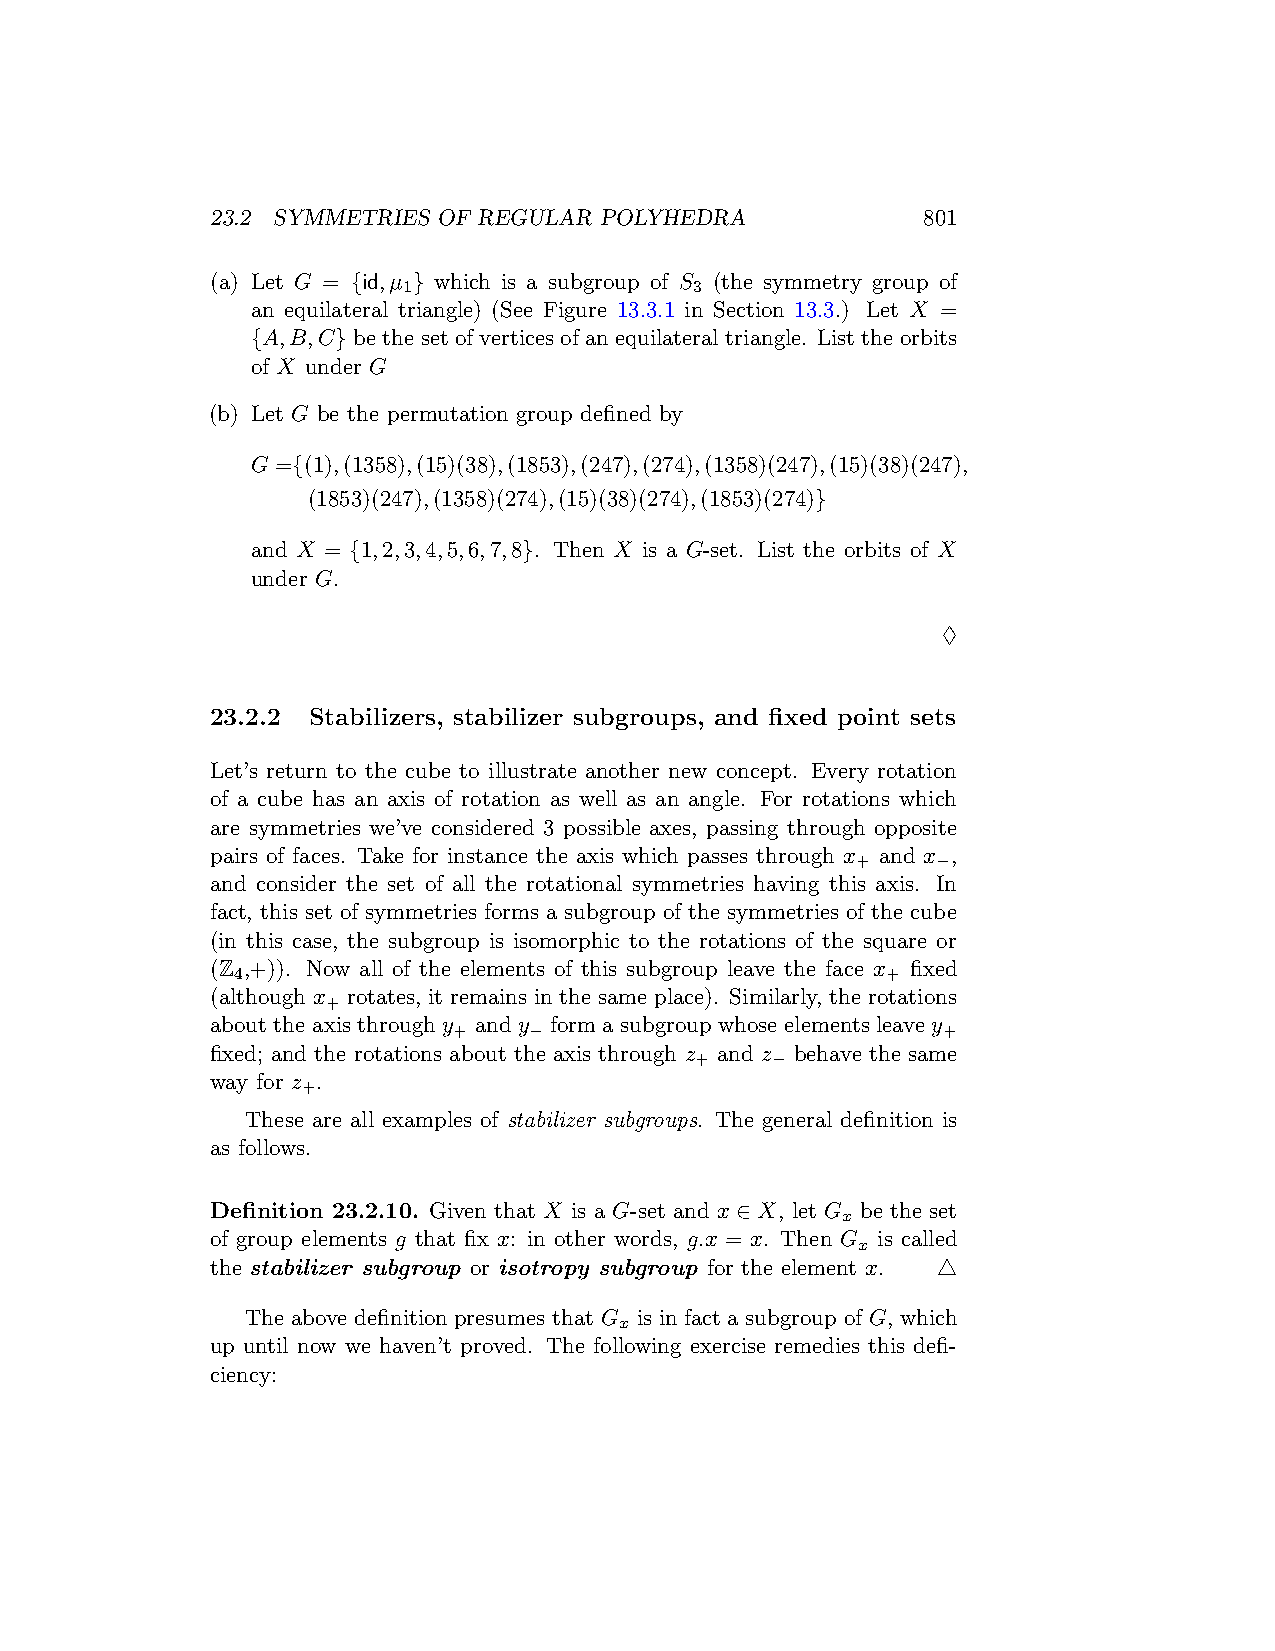
23.2 SYMMETRIES OF REGULAR POLYHEDRA           801
 (a) Let G = {id,µ } which is a subgroup of S (the symmetry group of
 1                  3
 an equilateral triangle) (See Figure 13.3.1 in Section 13.3.) Let X =
 {A,B,C} be the set of vertices of an equilateral triangle. List the orbits
 of X under G
 (b) Let G be the permutation group defined by
 G ={(1),(1358),(15)(38),(1853),(247),(274),(1358)(247),(15)(38)(247),
 (1853)(247),(1358)(274),(15)(38)(274),(1853)(274)}
 and X = {1,2,3,4,5,6,7,8}. Then X is a G-set. List the orbits of X
 under G.
 ♢
 23.2.2 Stabilizers, stabilizer subgroups, and fixed point sets
 Let’s return to the cube to illustrate another new concept. Every rotation
 of a cube has an axis of rotation as well as an angle. For rotations which
 are symmetries we’ve considered 3 possible axes, passing through opposite
 pairs of faces. Take for instance the axis which passes through x and x ,
 +    −
 and consider the set of all the rotational symmetries having this axis. In
 fact, this set of symmetries forms a subgroup of the symmetries of the cube
 (in this case, the subgroup is isomorphic to the rotations of the square or
 (Z ,+)). Now all of the elements of this subgroup leave the face x fixed
 4                                          +
 (although x rotates, it remains in the same place). Similarly, the rotations
 +
 about the axis through y and y form a subgroup whose elements leave y
 +    −                          +
 fixed; and the rotations about the axis through z and z behave the same
 +    −
 way for z .
 +
 These are all examples of stabilizer subgroups. The general definition is
 as follows.
 Definition 23.2.10. Given that X is a G-set and x ∈ X, let G be the set
 x
 of group elements g that fix x: in other words, g.x = x. Then G is called
 x
 the stabilizer subgroup or isotropy subgroup for the element x. △
 The above definition presumes that G is in fact a subgroup of G, which
 x
 up until now we haven’t proved. The following exercise remedies this defi-
 ciency: